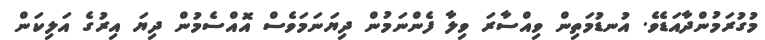
މުގުރަމުންދާއަޑެވެ. އުނޑުމަތިން ވިއްސާރަ ވިލާ ފެންނަމުން ދިޔަނަމަވެސް އޮއްސެމުން ދިޔަ އިރުގެ އަލިކަން